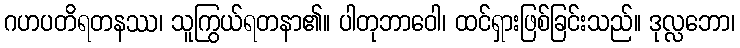
ဂဟပတိရတနဿ၊ သူကြွယ်ရတနာ၏။ ပါတုဘာဝေါ၊ ထင်ရှားဖြစ်ခြင်းသည်။ ဒုလ္လဘော၊